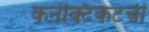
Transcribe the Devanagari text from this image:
कनेक्टिकटची